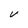
Character: V